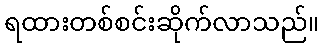
ရထားတစ်စင်းဆိုက်လာသည်။